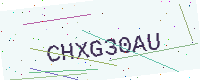
Text: CHXG30AU